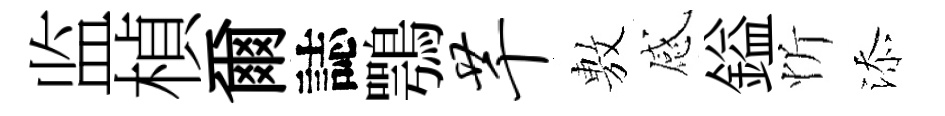
监楨爾誌鶚芊𢾾感鎰忻添